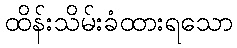
ထိန်းသိမ်းခံထားရသော